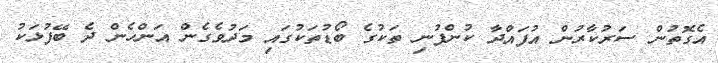
އެގޮތުން ސަރުކާރުން އުފައްދާ ކުންފުނި ތަކުގެ ބޯޑުތަކުގައި މަދުވެގެން އަންހެން ދެ ބޭފުޅަކު